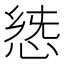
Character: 𢛭